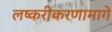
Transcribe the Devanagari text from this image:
लष्करीकरणामागे